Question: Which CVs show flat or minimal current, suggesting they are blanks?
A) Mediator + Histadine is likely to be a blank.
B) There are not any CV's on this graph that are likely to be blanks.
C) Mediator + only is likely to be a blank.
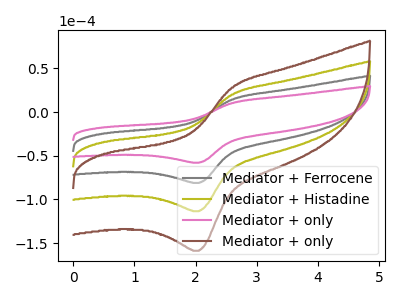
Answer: <think>The gray curve "Mediator + Ferrocene" has an anodic peak at (2.60V, 14.35uA) and a cathodic peak at (2.05V, -81.20uA). The olive curve "Mediator + Histadine" has an anodic peak at (2.60V, 28.65uA) and a cathodic peak at (2.05V, -162.35uA). The pink curve "Mediator + only" has an anodic peak at (2.60V, 10.25uA) and a cathodic peak at (2.05V, -58.05uA). The brown curve "Mediator + only" has an anodic peak at (2.60V, 43.00uA) and a cathodic peak at (2.05V, -243.55uA).</think>
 <answer>B) There are not any CV's on this graph that are likely to be blanks.</answer>
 <eval>B</eval>